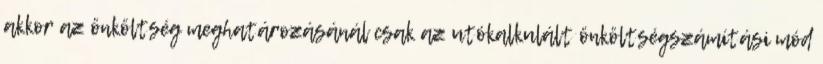
akkor az önköltség meghatározásánál csak az utókalkulált önköltségszámítási mód